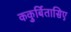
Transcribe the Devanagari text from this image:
ककुर्बितासिए